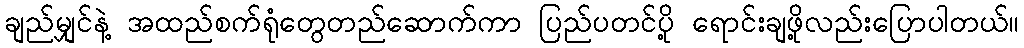
ချည်မျှင်နဲ့ အထည်စက်ရုံတွေတည်ဆောက်ကာ ပြည်ပတင်ပို့ ရောင်းချဖို့လည်းပြောပါတယ်။